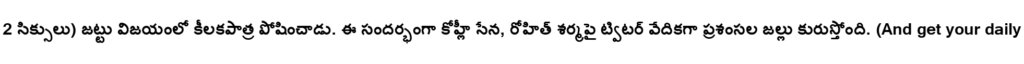
2 సిక్సులు) జట్టు విజయంలో కీలకపాత్ర పోషించాడు. ఈ సందర్భంగా కోహ్లీ సేన, రోహిత్ శర్మపై ట్విటర్ వేదికగా ప్రశంసల జల్లు కురుస్తోంది. (And get your daily